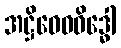
အဋ္ဌိဝေဓဝိဒ္ဓေါ